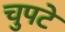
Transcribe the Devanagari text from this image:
चुपटे